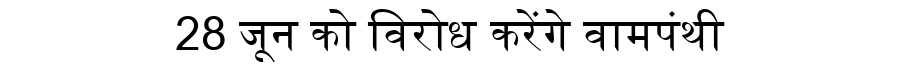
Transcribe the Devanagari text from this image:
28 जून को विरोध करेंगे वामपंथी